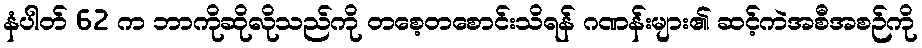
နံပါတ် 62 က ဘာကိုဆိုလိုသည်ကို တစေ့တစောင်းသိရန် ဂဏန်းများ၏ ဆင့်ကဲအစီအစဉ်ကို